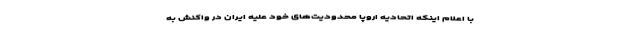
با اعلام اینکه اتحادیه اروپا محدودیت‌های خود علیه ایران در واکنش به